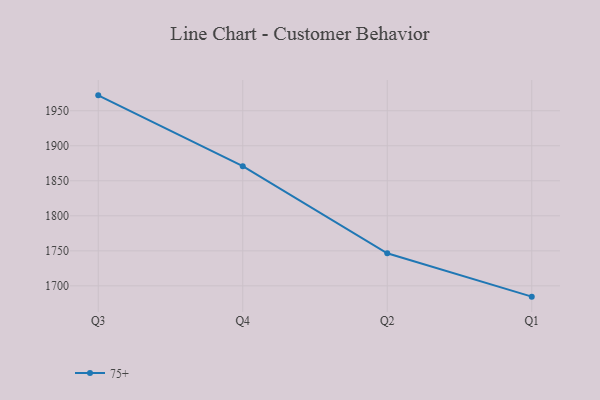
{"axis": {"x": "Quarter", "y": "Inventory Turnover"}, "legend": ["75+"], "data": [{"x": "Q3", "y": 1972.0, "type": "75+"}, {"x": "Q4", "y": 1870.9, "type": "75+"}, {"x": "Q2", "y": 1746.5, "type": "75+"}, {"x": "Q1", "y": 1684.6, "type": "75+"}]}